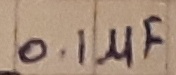
Text: 0.1µF